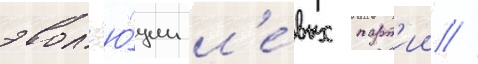
эвол'ю́ции л'е́вых парт'ии //